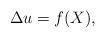
\begin{align*}\Delta u = f(X),\end{align*}